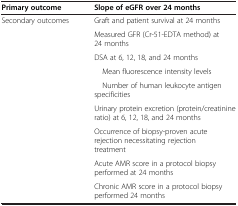
| Primary outcome | Slope of eGFR over 24 months |
 | --- | --- |
 | Secondary outcomes | Graft and patient survival at 24 months |
 |  | Measured GFR (Cr-51-EDTA method) at 24 months |
 |  | DSA at 6, 12, 18, and 24 months |
 |  | Mean fluorescence intensity levels |
 |  | Number of human leukocyte antigen specificities |
 |  | Urinary protein excretion (protein/creatinine ratio) at 6, 12, 18, and 24 months |
 |  | Occurrence of biopsy-proven acute rejection necessitating rejection treatment |
 |  | Acute AMR score in a protocol biopsy performed at 24 months |
 |  | Chronic AMR score in a protocol biopsy performed 24 months |